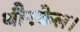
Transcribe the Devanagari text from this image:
थौरकेल।